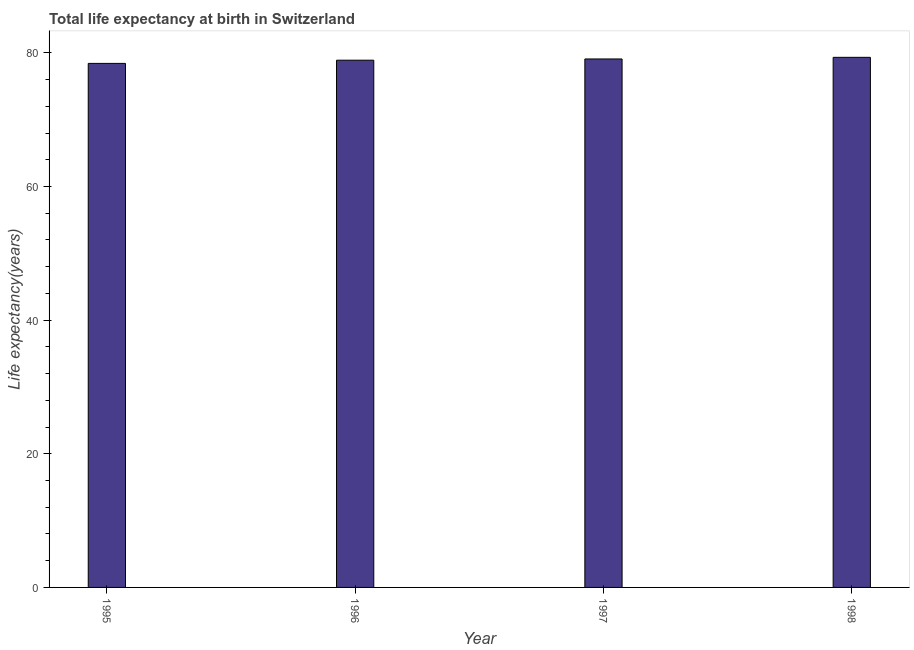
| Year | Life expectancy at birth |
 | --- | --- |
 | 1995 | 78.4 |
 | 1996 | 78.9 |
 | 1997 | 79.1 |
 | 1998 | 79.3 |